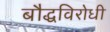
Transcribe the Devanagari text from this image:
बौद्धविरोधी